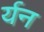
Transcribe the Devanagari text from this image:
र्यन